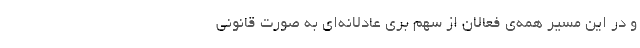
و در این مسیر همه‌ی فعالان از سهم ‌بری عادلانه‌ای به صورت قانونی